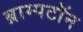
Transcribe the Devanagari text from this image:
ब्राम्पटॉन